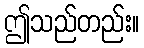
ဤသည်တည်း။